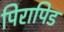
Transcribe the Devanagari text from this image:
पिरापिड